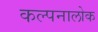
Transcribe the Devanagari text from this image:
कल्पनालोक